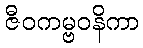
ဇီဝကမ္ဗဝနိကာ